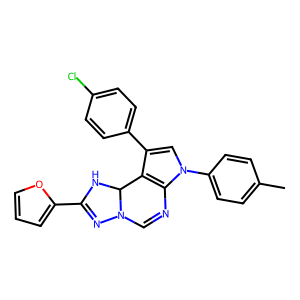
SMILES: Cc1ccc(-n2cc(-c3ccc(Cl)cc3)c3c2N=CN2N=C(c4ccco4)NC32)cc1
Inhibits HIV replication: No